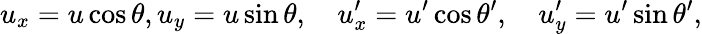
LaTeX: u_{x}=u\cos\theta,u_{y}=u\sin\theta,\quad u_{x}^{\prime}=u^{\prime}\cos\theta^{\prime},\quad u_{y}^{\prime}=u^{\prime}\sin\theta^{\prime},